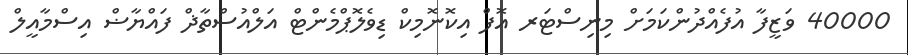
40000 ވަޒީފާ އުފެއްދުންކަމަށް މިނިސްޓަރ އޮފް އިކޮނޮމިކް ޑިވެލޮޕްމެންޓް އަލްއުސްތާޛް ފައްޔާޟް އިސްމާއީލް